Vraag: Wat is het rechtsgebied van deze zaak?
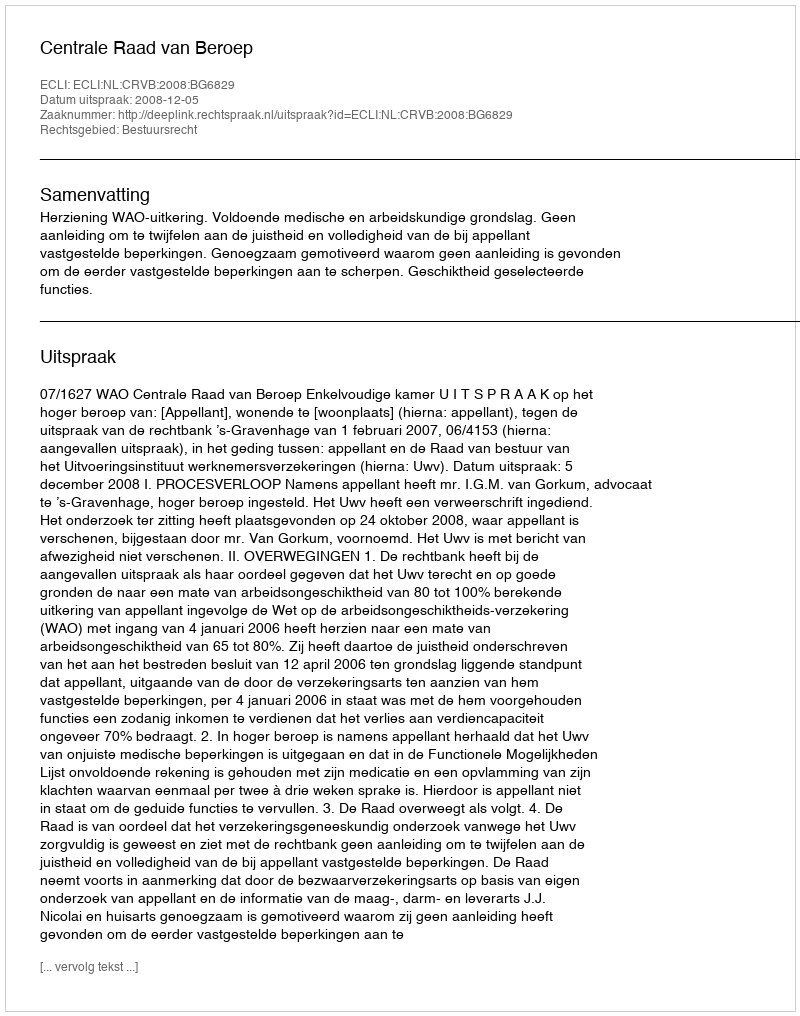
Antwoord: Bestuursrecht